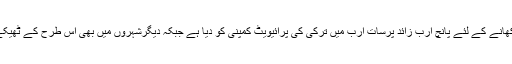
لاہور کی صفائی کا ٹھیکہ کمیشن کھانے کے لئے پانچ ارب زائد پرسات ارب میں ترکی کی پرائیویٹ کمپنی کو دیا ہے جبکہ دیگرشہروں میں بھی اس طرح کے ٹھیکے دینے کی تیاریاں کی جارہی ہیں۔